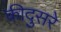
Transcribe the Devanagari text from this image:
कीदुसरे